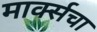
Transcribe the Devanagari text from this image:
मार्क्सचा